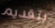
بتقديم